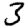
Digit: 3